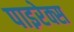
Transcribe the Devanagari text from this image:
पाइरेक्स